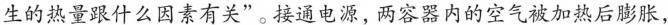
生的热量跟什么因素有关”。接通电源，两容器内的空气被加热后膨胀，